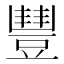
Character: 𧯽